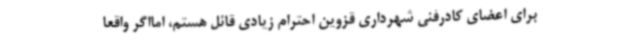
برای اعضای کادرفنی شهرداری قزوین احترام زیادی قائل هستم، امااگر واقعاً